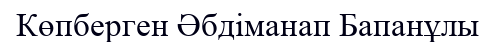
Көпберген Әбдіманап Бапанұлы